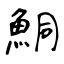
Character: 鮦